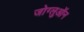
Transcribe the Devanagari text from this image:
जोग्लुऑन